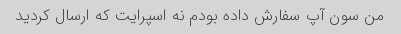
من سون آپ سفارش داده بودم نه اسپرایت که ارسال کردید